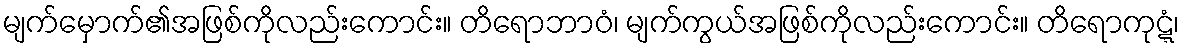
မျက်မှောက်၏အဖြစ်ကိုလည်းကောင်း။ တိရောဘာဝံ၊ မျက်ကွယ်အဖြစ်ကိုလည်းကောင်း။ တိရောကုဋ္ဋံ၊